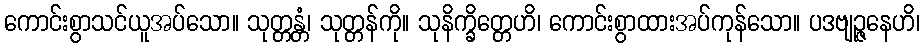
ကောင်းစွာသင်ယူအပ်သော။ သုတ္တန္တံ၊ သုတ္တန်ကို။ သုနိက္ခိတ္တေဟိ၊ ကောင်းစွာထားအပ်ကုန်သော။ ပဒဗျဉ္ဇနေဟိ၊